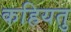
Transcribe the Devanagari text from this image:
कहियतु